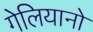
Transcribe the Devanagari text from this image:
गेलियानो